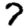
Digit: 7